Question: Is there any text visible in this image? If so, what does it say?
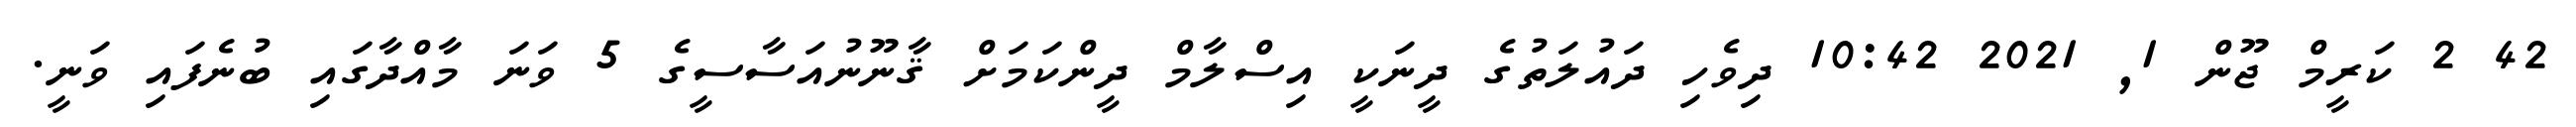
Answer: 42 2 ކަރީމް ޖޫން 1, 2021 10:42 ދިވެހި ދައުލަތުގެ ދީނަކީ އިސްލާމް ދީންކަމަށް ޤާނޫނުއަސާސީގެ 5 ވަނަ މާއްދާގައި ބުނެފައި ވަނީ.